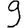
Digit: 9